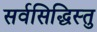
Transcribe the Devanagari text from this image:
सर्वसिद्धिस्तु